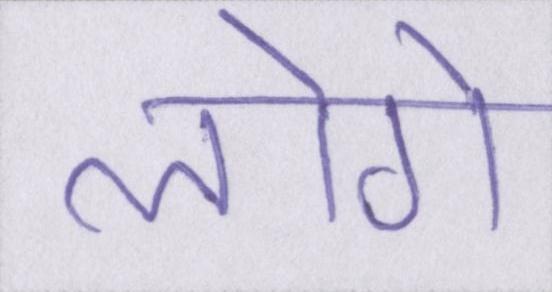
लोगे